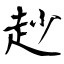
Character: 赻